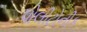
પોલીટોનીક